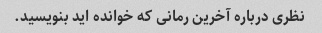
نظری درباره آخرین رمانی که خوانده اید بنویسید.